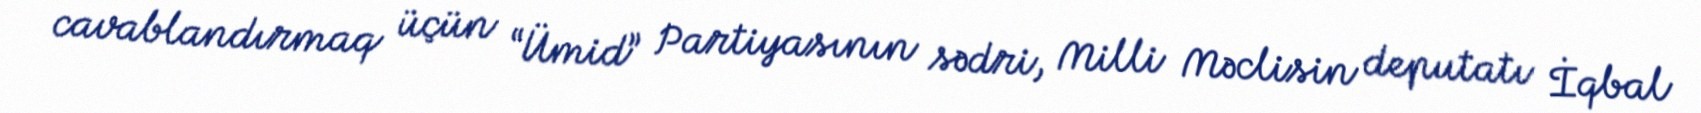
cavablandırmaq üçün “Ümid” Partiyasının sədri, Milli Məclisin deputatı İqbal